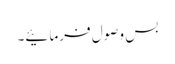
بس وصول فرمائیے۔